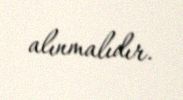
alınmalıdır.